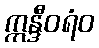
ဣန္ဒီဝရံဝ